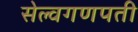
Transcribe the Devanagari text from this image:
सेल्वगणपती